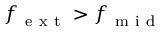
f _ { \mathrm { ~ e ~ x ~ t ~ } } > f _ { \mathrm { ~ m ~ i ~ d ~ } }